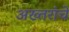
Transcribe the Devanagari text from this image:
अख्तरांचे